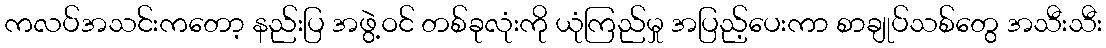
ကလပ်အသင်းကတော့ နည်းပြ အဖွဲ့ဝင် တစ်ခုလုံးကို ယုံကြည်မှု အပြည့်ပေးကာ စာချုပ်သစ်တွေ အသီးသီး